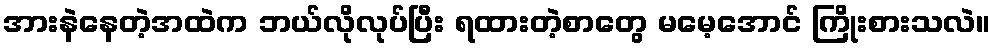
အားနဲနေတဲ့အထဲက ဘယ်လိုလုပ်ပြီး ရထားတဲ့စာတွေ မမေ့အောင် ကြိုးစားသလဲ။